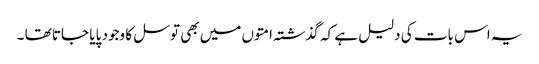
یہ اس بات کی دلیل ہے کہ گذشتہ امتوں میں بھی توسل کا وجود پایا جاتا تھا ۔